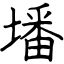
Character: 墦